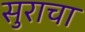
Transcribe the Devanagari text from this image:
सुराचा